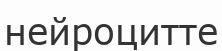
нейроцитте